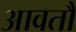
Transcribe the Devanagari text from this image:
आवतौ